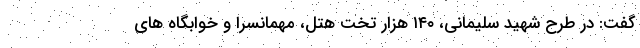
گفت: در طرح شهید سلیمانی، ۱۴۰ هزار تخت هتل، مهمانسرا و خوابگاه های